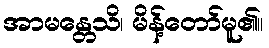
အာမန္တေသိ၊ မိန့်တော်မူ၏။